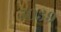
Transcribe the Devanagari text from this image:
५०३९